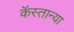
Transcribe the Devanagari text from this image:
कॅस्तान्या